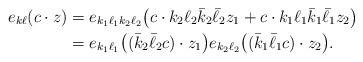
LaTeX: \begin{align*}e_{k\ell}(c\cdot z)&=e_{k_1\ell_1k_2\ell_2}\big(c\cdot k_2\ell_2\bar k_2\bar \ell_2 z_1+c\cdot k_1\ell_1\bar k_1\bar \ell_1 z_2\big)\\&=e_{k_1\ell_1}\big(( \bar k_2\bar \ell_2 c)\cdot z_1\big) e_{k_2\ell_2}\big((\bar k_1\bar \ell_1 c)\cdot z_2\big).\end{align*}